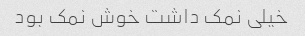
خیلی نمک داشت خوش نمک بود